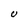
Character: U